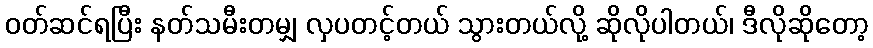
ဝတ်ဆင်ရပြီး နတ်သမီးတမျှ လှပတင့်တယ် သွားတယ်လို့ ဆိုလိုပါတယ်၊ ဒီလိုဆိုတော့